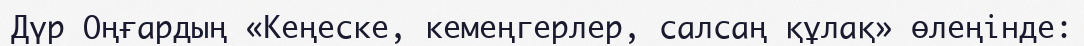
Дүр Оңғардың «Кеңеске, кемеңгерлер, салсаң құлақ» өлеңінде: